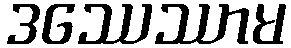
ဒဿေဿာမ